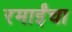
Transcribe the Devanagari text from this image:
रमाईंचा